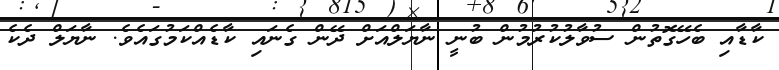
ކާޑާއި ބެހޭގޮތުން ސުވާލުކުރުމުން ބުނީ ނާޔަލްއަށް ދޭން ގެނައި ކާޑެއްކަމުގައެވެ. ނާޔަލް ދެކެ